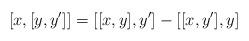
LaTeX: \begin{align*} [x,[y,y']] = [[x,y],y'] - [[x,y'],y]\end{align*}